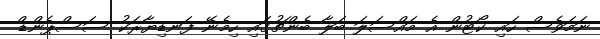
ނަމަވެސް ހައި ކޯޓުން އެ މައްސަލަ ބަލާ ބެންޗުގައި ހިމެނޭ ފަނޑިޔާރަކު ސަސްޕެންޑް